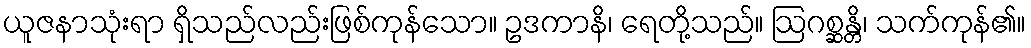
ယူဇနာသုံးရာ ရှိသည်လည်းဖြစ်ကုန်သော။ ဥဒကာနိ၊ ရေတို့သည်။ ဩဂစ္ဆန္တိ၊ သက်ကုန်၏။